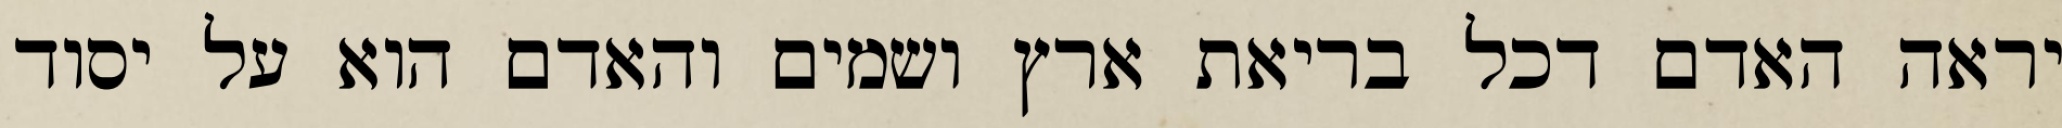
יראה האדם דכל בריאת ארץ ושמים והאדם הוא על יסוד